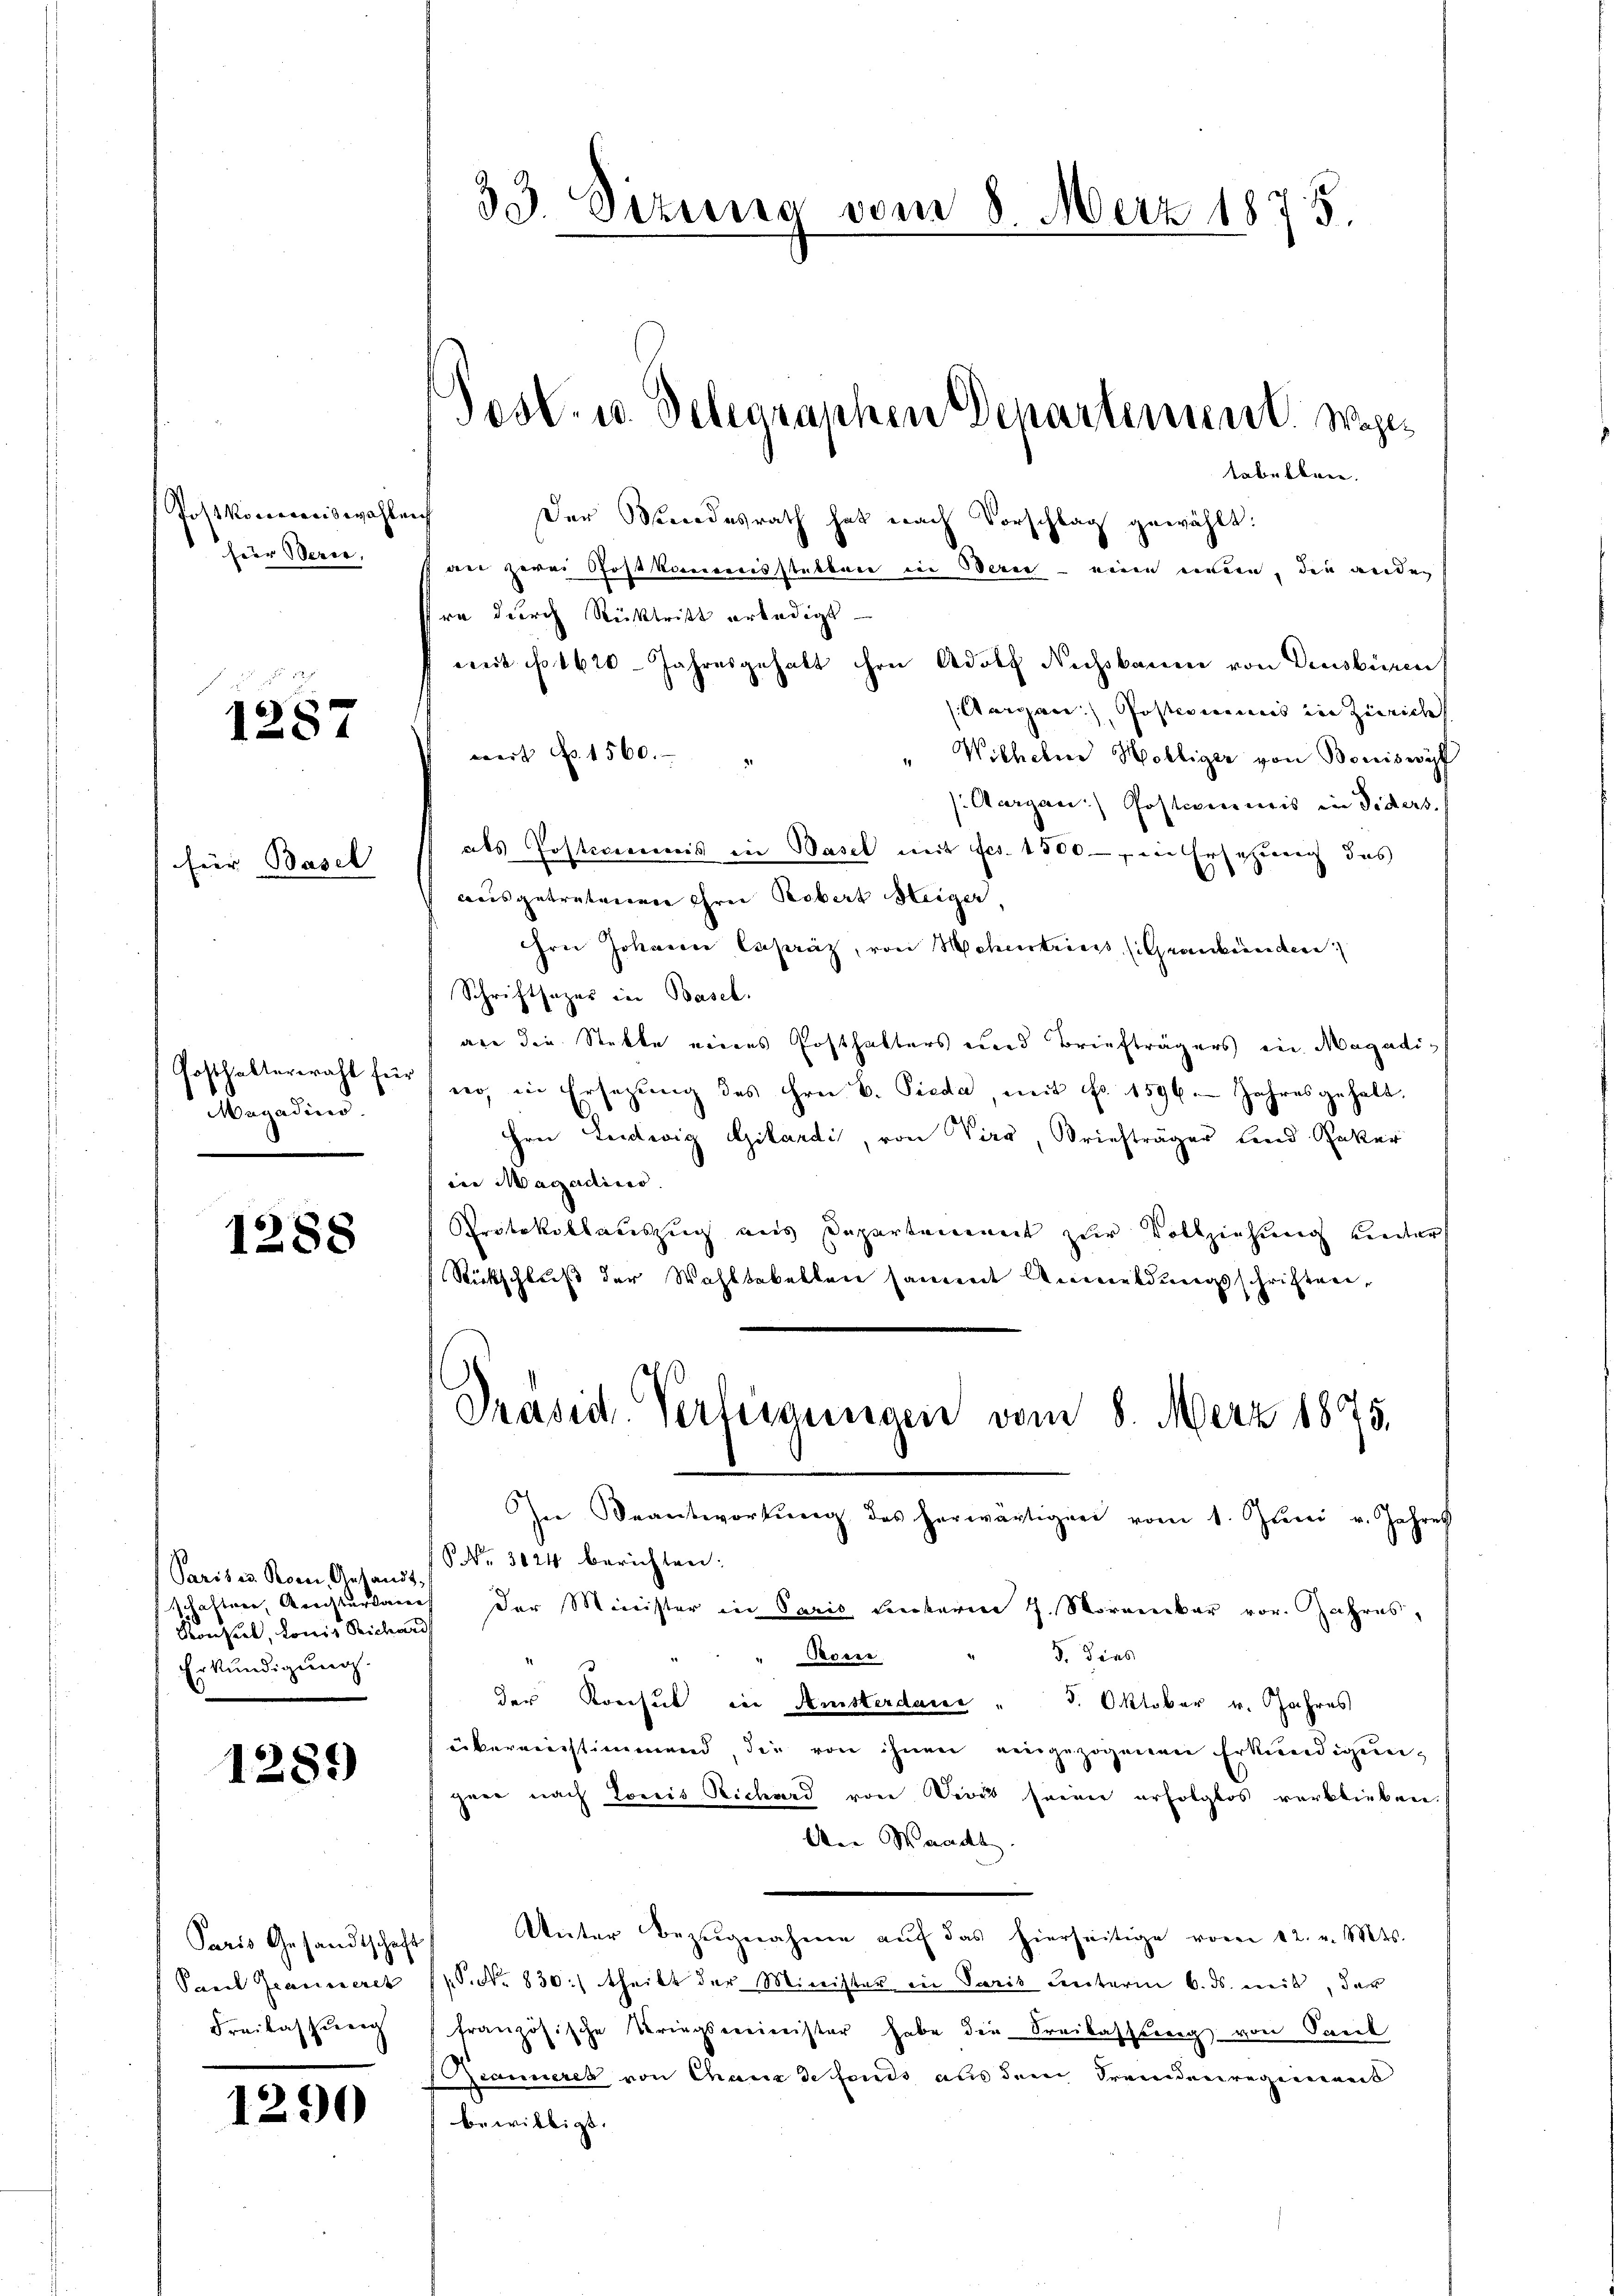
33. Sizung vom 8. März 1875.

Post- u. Delegraphen Departement. Wohls
tabelbare

Post koncaciswahlen
Heer Berie,

¬
Der Mendesrath hat nach Vorschlag gewählt:
der zwei Postkorrereresstabban in Berer - einen einer, die ander
ra durch Rücktritt erledigt
weit fo 1620 Jahresgehalt ihre Adolf Nichsbaum von Deusbüren
Aargau) Postcomines in Zürich
"Wilhelm Hölliger von Boniswyf
wert No. 1560.
Aargau) Postenmeis in Fiders.
als Posteverweis ein Basel mit es. 1500 — in Ersetzung das
ausgetretenen ihrei Probert Heiger,
Hrn Johann Espráz, von Schentriess (Graubünden
Schriftsazer in Basel.
ane die Statte eines Posthalters und Briefträgers in Magadiwer, in Ersetzŭng des Hrn. B. Pieda, mit No. 1596. Jahres gehalt.
Hrn. Leidwig Gilardi, von Vira, Briefträger Land Raker
ine Magadines
Protokollauszug aus Departement zur Vollziehung unter
Rückschluß der Wahltabellen sammt Anmeldungsschriften,
Präsid. Verfügungen vom 8. Merz 1875.
In Beantwortŭng des herwärtigen vom 1. Jŭni v. Jahres
Nr. 3024 berichten:
schaftner, Arachterdan der Minister in Paris Beckern J. Morambar vor. Jahres,
3. dies
Rosen
der Konsul in Amsterdame " 5. Oktober v. Jahres
überneurstimmend, die von ihnen eingezogenen Erkundigun-
garn nach Corris Richard von Divis seine erfolglos verblieben.
Aen Waadt
Paris Gesandtschaft Unter Bezŭgnahme aŭf das hierseitige vom 12. v. Mts.
S. No. 830) theilt der Minister in Paris unterm 6. ds. mit, das
französische Kriegsereinister habe die Freilassung von Saul
Branneres von Chaus de fonds aus dem Fremdenregiment
bewilligt.

1287

er Basel

Posthalterwahl für
Magadins

1288

Paris u. Korn, Gesandt.
Konseil, Lowis Richard,
Erkundigung.

1289

Paar Jeanneret
Freilassung

29

1.